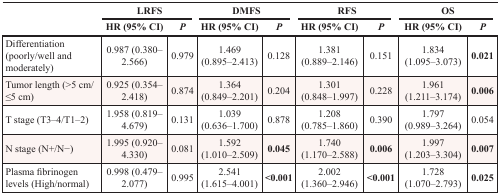
<table><thead><tr><td></td><td colspan="2"><b>LRFS</b></td><td colspan="2"><b>DMFS</b></td><td colspan="2"><b>RFS</b></td><td colspan="2"><b>OS</b></td></tr><tr><td></td><td><b>HR (95% CI)</b></td><td><b><i>P</i></b></td><td><b>HR (95% CI)</b></td><td><b><i>P</i></b></td><td><b>HR (95% CI)</b></td><td><b><i>P</i></b></td><td><b>HR (95% CI)</b></td><td><b><i>P</i></b></td></tr></thead><tbody><tr><td>Differentiation (poorly/well and moderately)</td><td>0.987 (0.380–2.566)</td><td>0.979</td><td>1.469 (0.895–2.413)</td><td>0.128</td><td>1.381 (0.889–2.146)</td><td>0.151</td><td>1.834 (1.095–3.073)</td><td><b>0.021</b></td></tr><tr><td>Tumor length (&gt;5 cm/≤5 cm)</td><td>0.925 (0.354–2.418)</td><td>0.874</td><td>1.364 (0.849–2.201)</td><td>0.204</td><td>1.301 (0.848–1.997)</td><td>0.228</td><td>1.961 (1.211–3.174)</td><td><b>0.006</b></td></tr><tr><td>T stage (T3–4/T1–2)</td><td>1.958 (0.819–4.679)</td><td>0.131</td><td>1.039 (0.636–1.700)</td><td>0.878</td><td>1.208 (0.785–1.860)</td><td>0.390</td><td>1.797 (0.989–3.264)</td><td>0.054</td></tr><tr><td>N stage (N+/N−)</td><td>1.995 (0.920–4.330)</td><td>0.081</td><td>1.592 (1.010–2.509)</td><td><b>0.045</b></td><td>1.740 (1.170–2.588)</td><td><b>0.006</b></td><td>1.997 (1.203–3.304)</td><td><b>0.007</b></td></tr><tr><td>Plasma fibrinogen levels (High/normal)</td><td>0.998 (0.479–2.077)</td><td>0.995</td><td>2.541 (1.615–4.001)</td><td><b>&lt;0.001</b></td><td>2.002 (1.360–2.946)</td><td><b>&lt;0.001</b></td><td>1.728 (1.070–2.793)</td><td><b>0.025</b></td></tr></tbody></table>